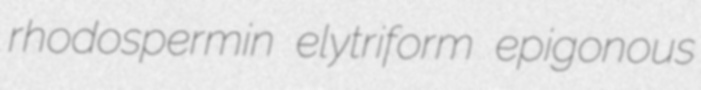
rhodospermin elytriform epigonous